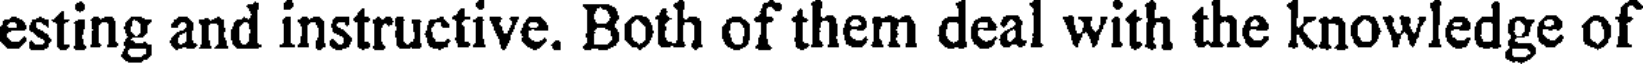
esting and instructive. Both of them deal with the knowledge of